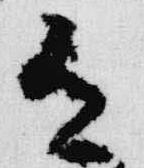
有